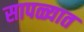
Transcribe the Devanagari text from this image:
सापळ्यात